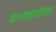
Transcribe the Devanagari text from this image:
कालहस्तीवर